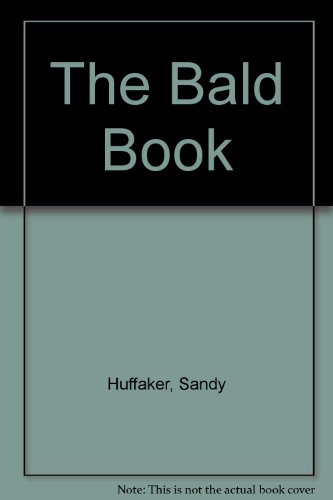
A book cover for The Bald Book; Sandy Huffaker; Health, Fitness & Dieting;